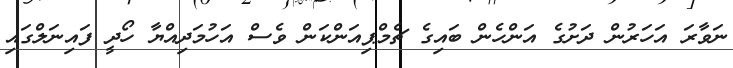
ނަވާރަ އަހަރުން ދަށުގެ އަންހެން ބައިގެ ޗެމްޕިއަންކަން ވެސް އަހުމަދިއްޔާ ހޯދީ ފައިނަލްގައި